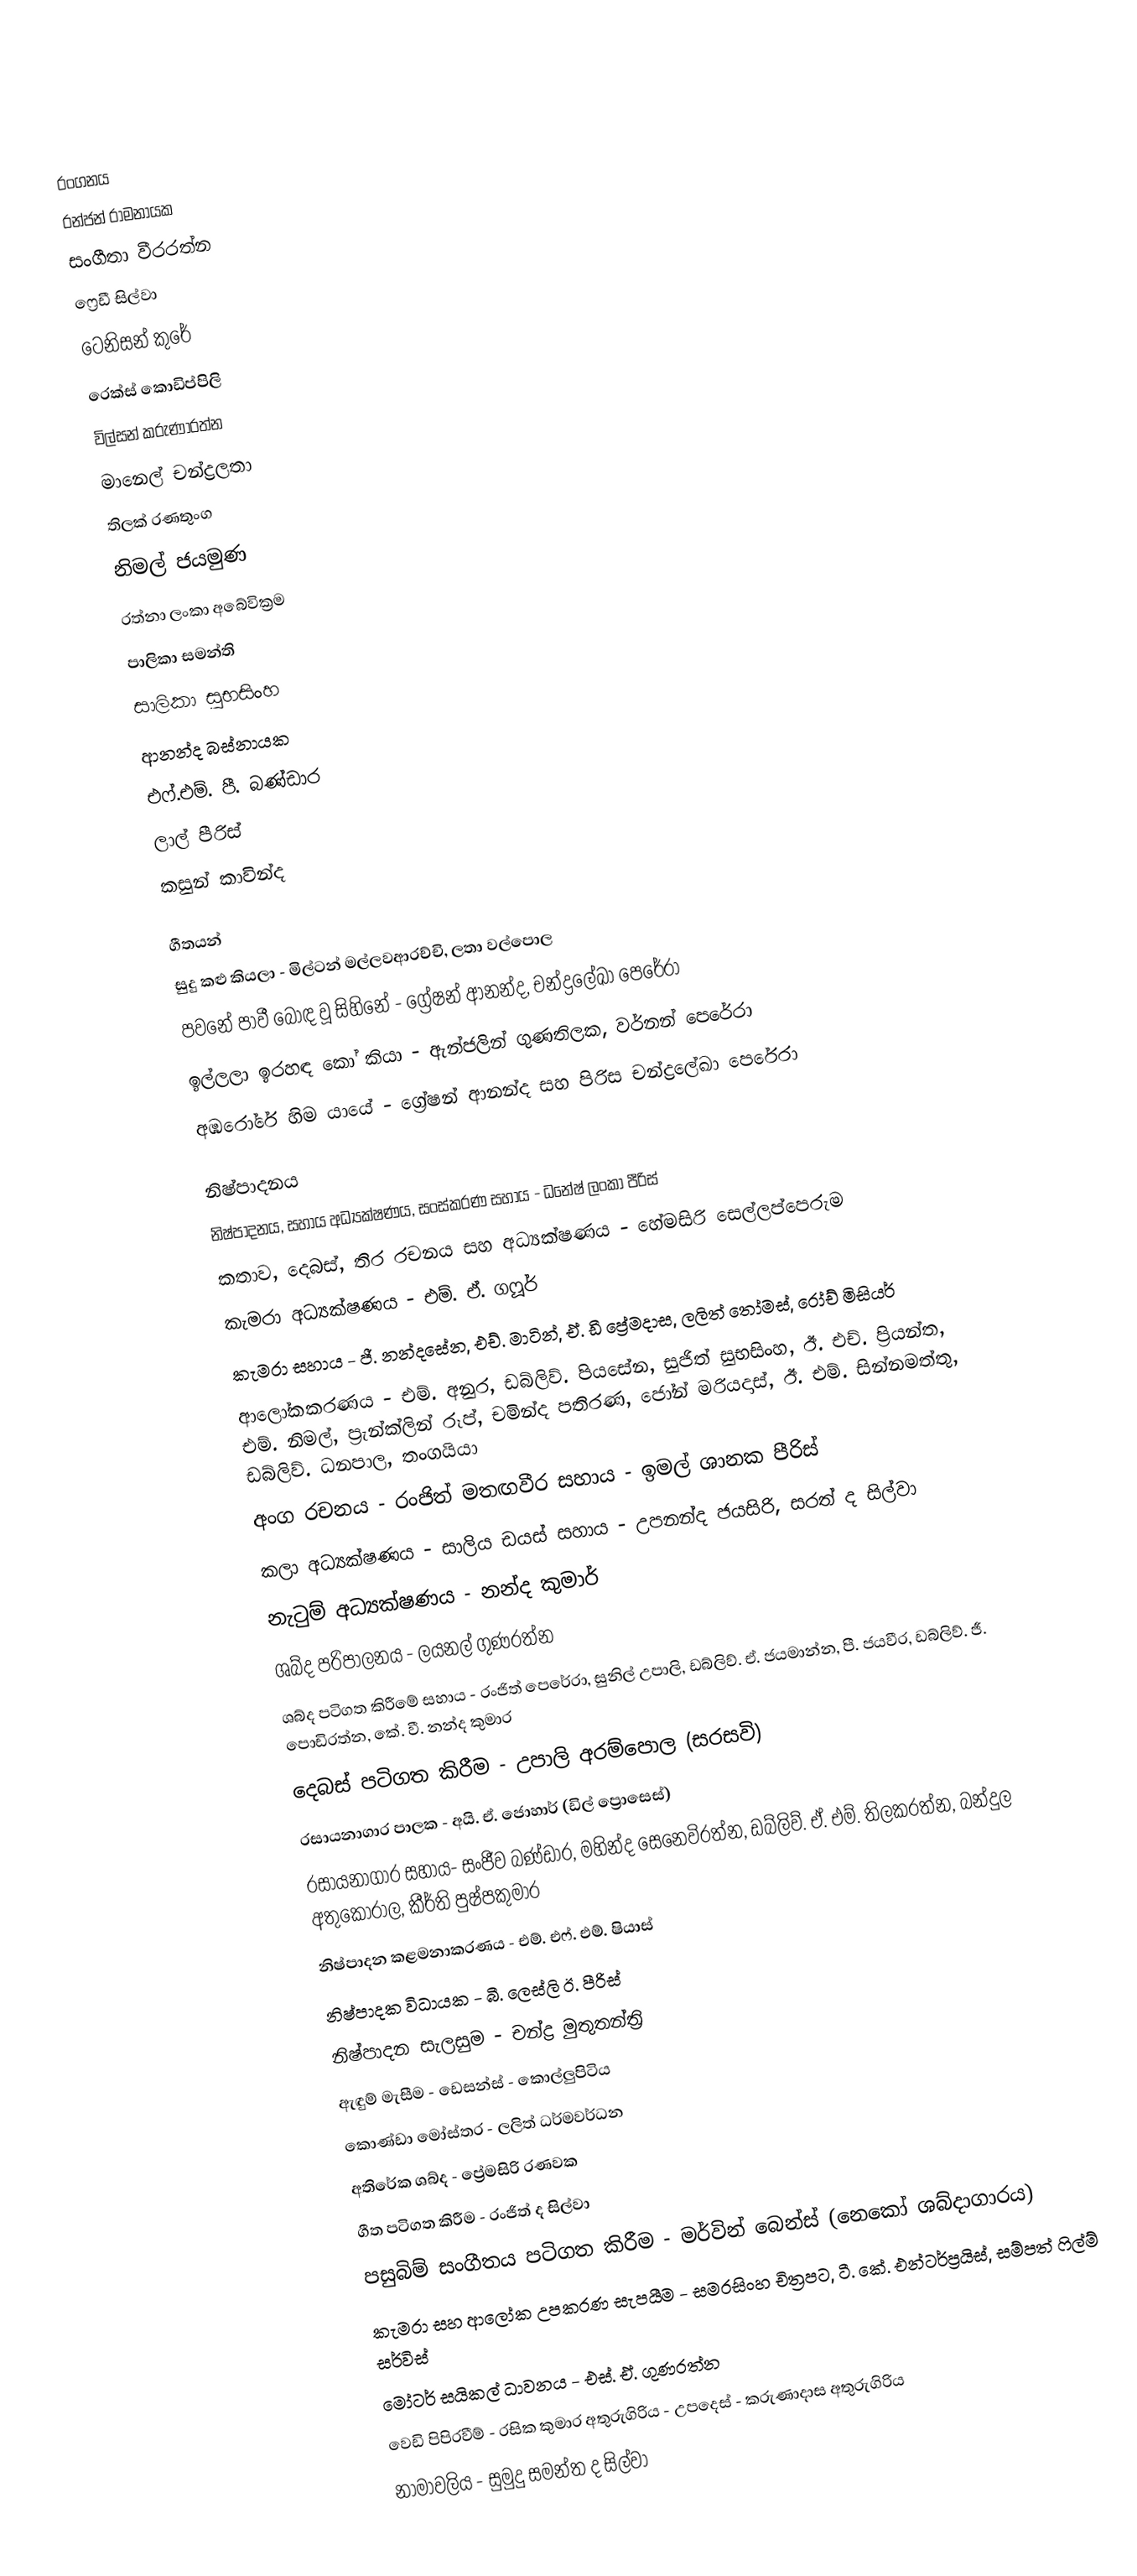

රංගනය
රන්ජන් රාමනායක
සංගීතා වීරරත්න
ෆ්‍රෙඩී සිල්වා
ටෙනිසන් කුරේ
රෙක්ස් කොඩිප්පිලි
විල්සන් කරුණාරත්න
මානෙල් චන්ද්‍රලතා
තිලක් රණතුංග
නිමල් ජයමුණ
රත්නා ලංකා අබේවික්‍රම
පාලිකා සමන්ති
සාලිකා සුභසිංහ
ආනන්ද බස්නායක
එෆ්.එම්. පී. බණ්ඩාර
ලාල් පීරිස්
කසුන් කාවින්ද

ගීතයන්
සුදු කළු කියලා - මිල්ටන් මල්ලවආරච්චි, ලතා වල්පොල
පවනේ පාවී බොඳ වූ සිහිනේ - ග්‍රේෂන් ආනන්ද, චන්ද්‍රලේඛා පෙරේරා
ඉල්ලලා ඉරහඳ කෝ කියා - ඇන්ජලින් ගුණතිලක, වර්නන් පෙරේරා
අඹරෝරේ හිම යායේ - ග්‍රේෂන් ආනන්ද සහ පිරිස චන්ද්‍රලේඛා පෙරේරා

නිෂ්පාදනය
නිෂ්පාදනය, සහාය අධ්‍යක්ෂණය, සංස්කරණ සහාය - ධනේෂ් ලංකා පීරිස්
කතාව, දෙබස්, තිර රචනය සහ අධ්‍යක්ෂණය - හේමසිරි සෙල්ලප්පෙරුම
කැමරා අධ්‍යක්ෂණය - එම්. ඒ. ගෆූර්
කැමරා සහාය - ජී. නන්දසේන, එච්. මාටින්, ඒ. ඩී ප්‍රේමදාස, ලලිත් තෝමස්, රෝච් මිසියර්
ආලෝකකරණය - එම්. අනුර, ඩබ්ලිව්. පියසේන, සුජිත් සුභසිංහ, ඊ. එච්. ප්‍රියන්ත, එම්. නිමල්, ප්‍රැන්ක්ලින් රූප්, චමින්ද පතිරණ, ජෝන් මරියදාස්, ඊ. එම්. සින්නමත්තු, ඩබ්ලිව්. ධනපාල, තංගයියා
අංග රචනය - රංජිත් මතඟවීර සහාය - ඉමල් ශානක පීරිස්
කලා අධ්‍යක්ෂණය - සාලිය ඩයස් සහාය - උපනන්ද ජයසිරි, සරත් ද සිල්වා
නැටුම් අධ්‍යක්ෂණය - නන්ද කුමාර්
ශබ්ද පරිපාලනය - ලයනල් ගුණරත්න
ශබ්ද පටිගත කිරීමේ සහාය - රංජිත් පෙරේරා, සුනිල් උපාලි, ඩබ්ලිව්. ඒ. ජයමාන්න, පී. ජයවීර, ඩබ්ලිව්. ජී. පොඩිරත්න, කේ. වී. නන්ද කුමාර
දෙබස් පටිගත කිරීම - උපාලි අරම්පොල (සරසවි)
රසායනාගාර පාලක - අයි. ඒ. ජොහාර් (ඩිල් ප්‍රොසෙස්)
රසායනාගාර සහාය- සංජීව බණ්ඩාර, මහින්ද සෙනෙවිරත්න, ඩබ්ලිව්. ඒ. එම්. තිලකරත්න, බන්දුල අතුකෝරාල, කීර්ති පුෂ්පකුමාර
නිෂ්පාදන කළමනාකරණය - එම්. එෆ්. එම්. ෂියාස්
නිෂ්පාදක විධායක - බී. ලෙස්ලි ඊ. පීරිස්
නිෂ්පාදන සැලසුම - චන්ද්‍ර මුතුතන්ත්‍රි
ඇඳුම් මැසීම - ඩෙසන්ස් - කොල්ලුපිටිය
කොණ්ඩා මෝස්තර - ලලිත් ධර්මවර්ධන
අතිරේක ශබ්ද - ප්‍රේමසිරි රණවක
ගීත පටිගත කිරීම - රංජිත් ද සිල්වා
පසුබිම් සංගීතය පටිගත කිරීම - මර්වින් බෙන්ස් (නෙකෝ ශබ්දාගාරය)
කැමරා සහ ආලෝක උපකරණ සැපයීම - සමරසිංහ චිත්‍රපට, ටී. කේ. එන්ටර්ප්‍රයිස්, සම්පත් ෆිල්ම් සර්විස්
මෝටර් සයිකල් ධාවනය - එස්. ඒ. ගුණරත්න
වෙඩි පිපිරවීම් - රසික කුමාර අතුරුගිරිය - උපදෙස් - කරුණාදාස අතුරුගිරිය
නාමාවලිය - සුමුදු සමන්ත ද සිල්වා